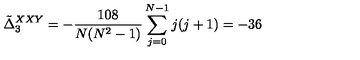
\tilde { \Delta } _ { 3 } ^ { X X Y } = - { \frac { 1 0 8 } { N ( N ^ { 2 } - 1 ) } } \sum _ { j = 0 } ^ { N - 1 } j ( j + 1 ) = - 3 6